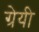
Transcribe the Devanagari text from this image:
ग्रेयी